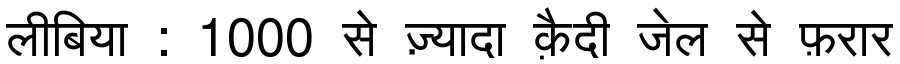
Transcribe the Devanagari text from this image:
लीबिया : 1000 से ज़्यादा क़ैदी जेल से फ़रार